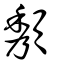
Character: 頺